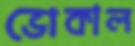
ভোকাল